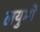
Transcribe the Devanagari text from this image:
लयुमो